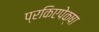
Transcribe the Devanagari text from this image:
प्रकिएपेक्षा